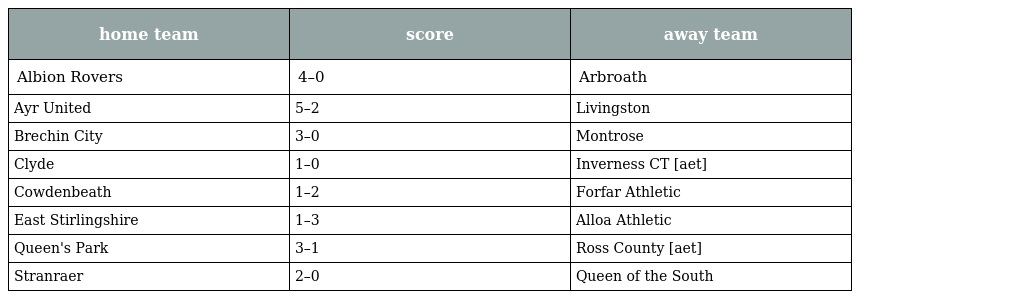
| home team | score | away team |
 | --- | --- | --- |
 | Albion Rovers | 4–0 | Arbroath |
 | Ayr United | 5–2 | Livingston |
 | Brechin City | 3–0 | Montrose |
 | Clyde | 1–0 | Inverness CT [aet] |
 | Cowdenbeath | 1–2 | Forfar Athletic |
 | East Stirlingshire | 1–3 | Alloa Athletic |
 | Queen's Park | 3–1 | Ross County [aet] |
 | Stranraer | 2–0 | Queen of the South |